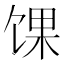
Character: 馃